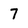
Character: 7